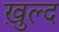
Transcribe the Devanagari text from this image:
ख़ुल्द